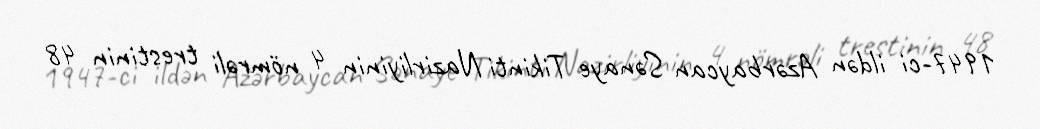
1947-ci ildən Azərbaycan Sənaye Tikinti Nazirliyinin 4 nömrəli trestinin 48